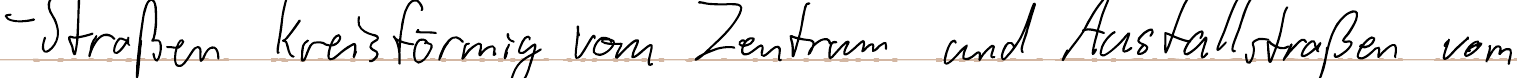
- Straßen kreisförmig vom Zentrum und Ausfallstraßen vom